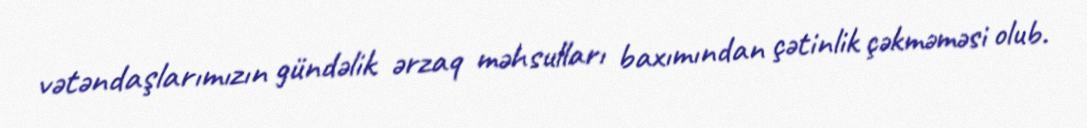
vətəndaşlarımızın gündəlik ərzaq məhsulları baxımından çətinlik çəkməməsi olub.